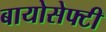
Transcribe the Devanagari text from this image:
बायोसेफ्टी